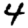
Digit: 4